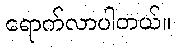
ရောက်လာပါတယ်။